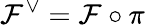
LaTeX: \mathcal{F}^{\vee}=\mathcal{F}\circ\pi